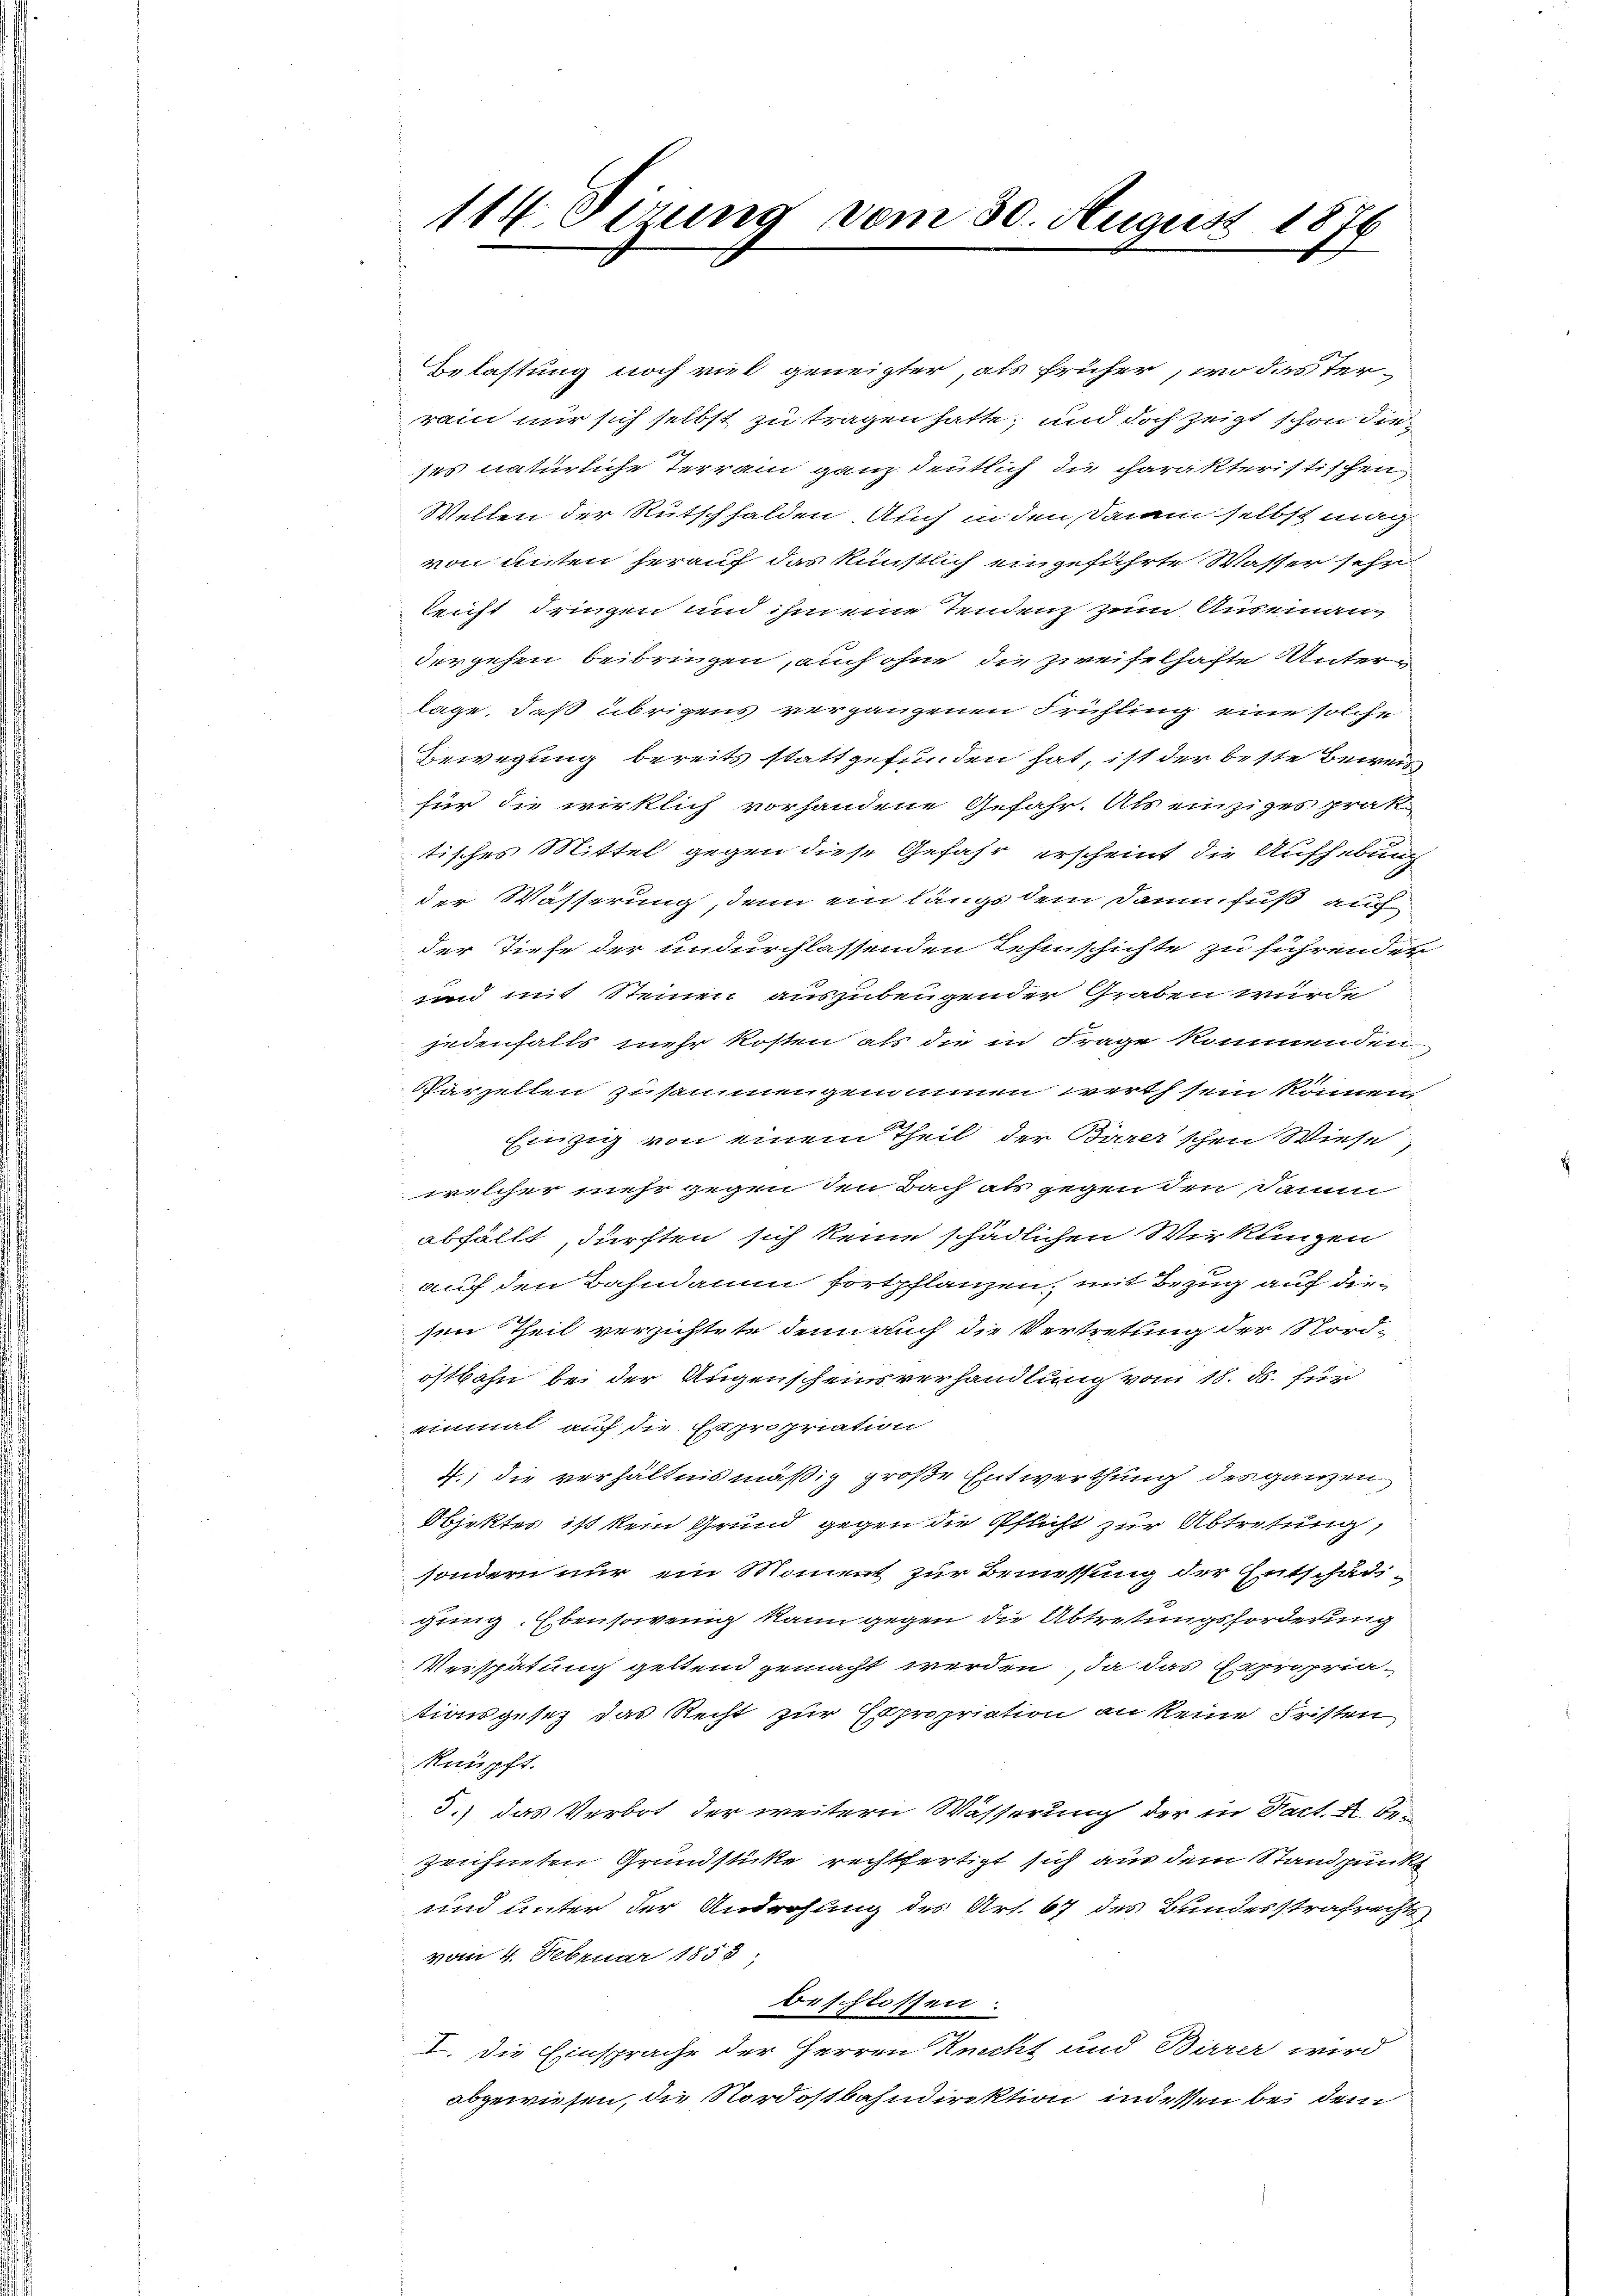
114 Verung vom 30. August 1876

Belastung noch viel geneigter, als früher, wo das Terrain nur sich selbst zu tragen hatte, und doch zeigt schon die
ses natürliche Terrain ganz deutlich die charakteristischen
Welten der Rutschhalden Auch in den Damm selbst mag
von unten herauf das künstlich eingeführte Wasser sehr
leicht dringen und ihm eine Tendenz zum Auseinanz-
dergehen beibringen, auch ohne die zweifelhafte Unterlage, daß übrigens vergangenen Frühling eine solche
Bewegung bereits stattgefunden hat, ist der beste Bewei
für die wirklich vorhandene Gefahr. Als einziges prak-
tisches Mittel gegen diese Gefahr erscheint die Aufhebung
der Wässerung, denn ein längs dem Dann Fuß auch
der Tiefe der undurchlassenden Tehischichte zu führenden
unnd mit Steinen auszubeugender Graben wurde
jedenfalls mehr kosten als die in Frage kommenden
Parzellen zusammengemannen werth sein können,
Einzig von einem Theil der Burer'schen Wiese
welcher mehr gegen den Bach als gegen den Damm
abfällt, dürften sich keine schädlichen Wirklingen
auch den Bahndamen fortpflanzen, mit Bezug auf diesen Theil verzichtete denn auch die Vertretung der Nord-
ostbahn bei der Utigenscheinsverhandlung vom 18. ds. für
einmal auf die Expropriation
4.) die verhältnismäßig große Entwerthung des ganzen
Objektes ist kein Grund gegen die Pflicht zur Abtretung,
sondern nur ein Moment zur Bemessung der Entschädi-
ging. Ebensowenig kann gegen die Abtretungsforderung
Verspätung geltend gemacht werden, da das Expropria-
tionsgesez das Recht zur Expropriation an keine Fristen
knüpft.
3.) das Verbot der weitern Wässerung der in Fact. X. Be-
zeichneten Grundstüke rechtfertigt sich aus dem Standpunk
und unter der Androhung des Art. 67 des Bundesstrafrechts
vom 4. Februar 1858;
beschlossen:
I. Die Einsprache der Herren Knecht und Birrer wird
abgewiesen, die Nordostbahndirektion inden bei dem